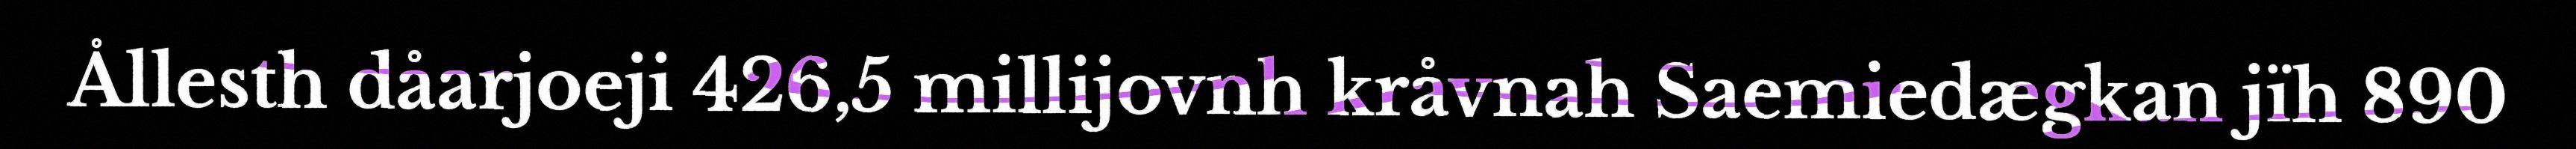
Ållesth dåarjoeji 426,5 millijovnh kråvnah Saemiedægkan jïh 890